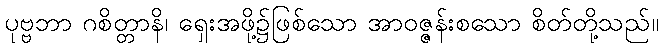
ပုဗ္ဗဘာ ဂစိတ္တာနိ၊ ရှေးအဖို့၌ဖြစ်သော အာဝဇ္ဇန်းစသော စိတ်တို့သည်။